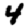
Digit: 4